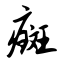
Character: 癍